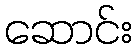
ဆောင်း